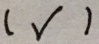
( 3 )